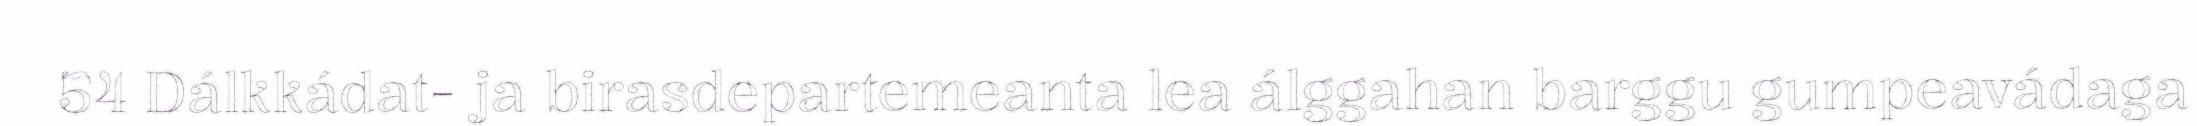
54 Dálkkádat- ja birasdepartemeanta lea álggahan barggu gumpeavádaga